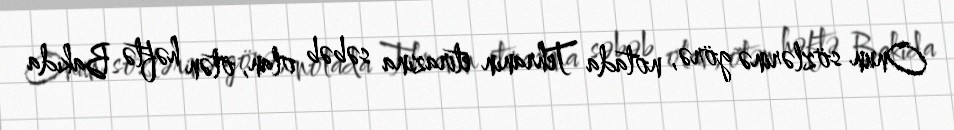
Onun sözlərinə görə, notada Tehranın etirazına səbəb olan, ötən həftə Bakıda